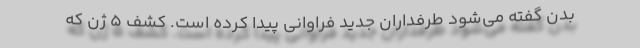
بدن گفته می‌شود طرفداران جدید فراوانی پیدا کرده است. کشف 5 ژن که